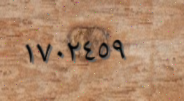
١٧٠٢٤٥٩